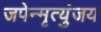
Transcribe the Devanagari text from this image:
जपेन्मृत्युंजय